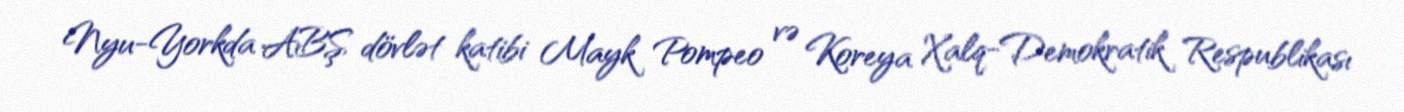
Nyu-Yorkda ABŞ dövlət katibi Mayk Pompeo və Koreya Xalq-Demokratik Respublikası